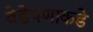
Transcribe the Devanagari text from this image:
वेडेपणाकडे